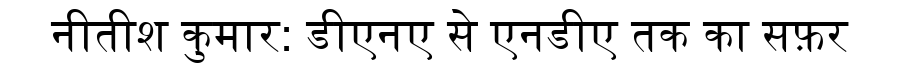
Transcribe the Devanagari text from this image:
नीतीश कुमार: डीएनए से एनडीए तक का सफ़र